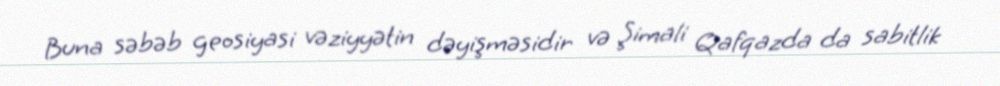
Buna səbəb geosiyasi vəziyyətin dəyişməsidir və Şimali Qafqazda da sabitlik